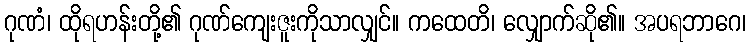
ဂုဏံ၊ ထိုရဟန်းတို့၏ ဂုဏ်ကျေးဇူးကိုသာလျှင်။ ကထေတိ၊ လျှောက်ဆို၏။ အပရဘာဂေ၊